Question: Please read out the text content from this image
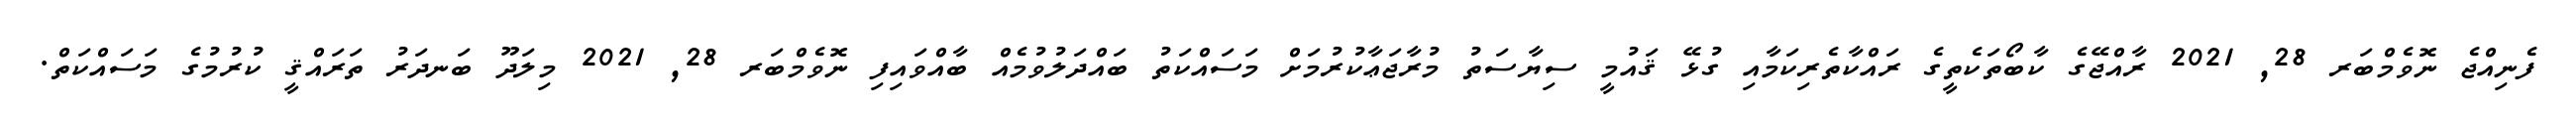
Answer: ފެނިއްޖެ ނޮވެމްބަރ 28, 2021 ރާއްޖޭގެ ކާބޯތަކެތީގެ ރައްކާތެރިކަމާއި ގުޅޭ ޤައުމީ ސިޔާސަތު މުރާޖަޢާކުރުމަށް މަސައްކަތު ބައްދަލުވުމެއް ބާއްވައިފި ނޮވެމްބަރ 28, 2021 މިލަދޫ ބަނދަރު ތަރައްޤީ ކުރުމުގެ މަސައްކަތް.